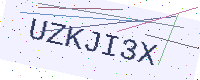
Text: UZKJI3X